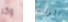
وكر الوالد